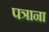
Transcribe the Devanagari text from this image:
पत्राना